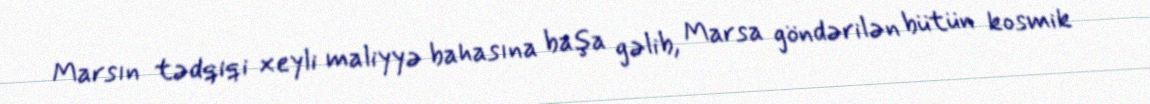
Marsın tədqiqi xeyli maliyyə bahasına başa gəlib, Marsa göndərilən bütün kosmik